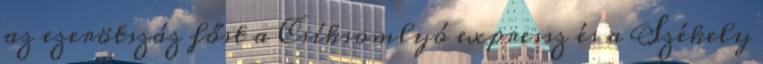
az ezerötszáz főst a Csíksomlyó expressz és a Székely